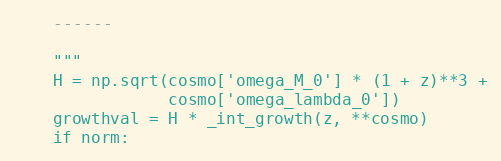
Language: Python
    ------

    """
    H = np.sqrt(cosmo['omega_M_0'] * (1 + z)**3 +
                cosmo['omega_lambda_0'])
    growthval = H * _int_growth(z, **cosmo)
    if norm: